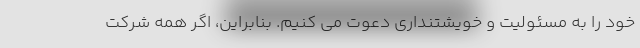
خود را به مسئولیت و خویشتنداری دعوت می کنیم. بنابراین، اگر همه شرکت